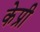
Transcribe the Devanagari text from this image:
केप्री